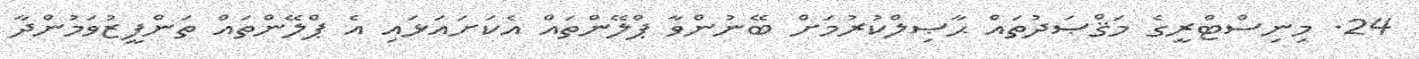
24. މިނިސްޓްރީގެ މަޤްޞަދުތައް ޙާޞިލްކުރުމަށް ބޭނުންވާ ޕްލޭންތައް އެކަށައަޅައި އެ ޕްލޭންތައް ތަންފީޒުވަމުންދާ